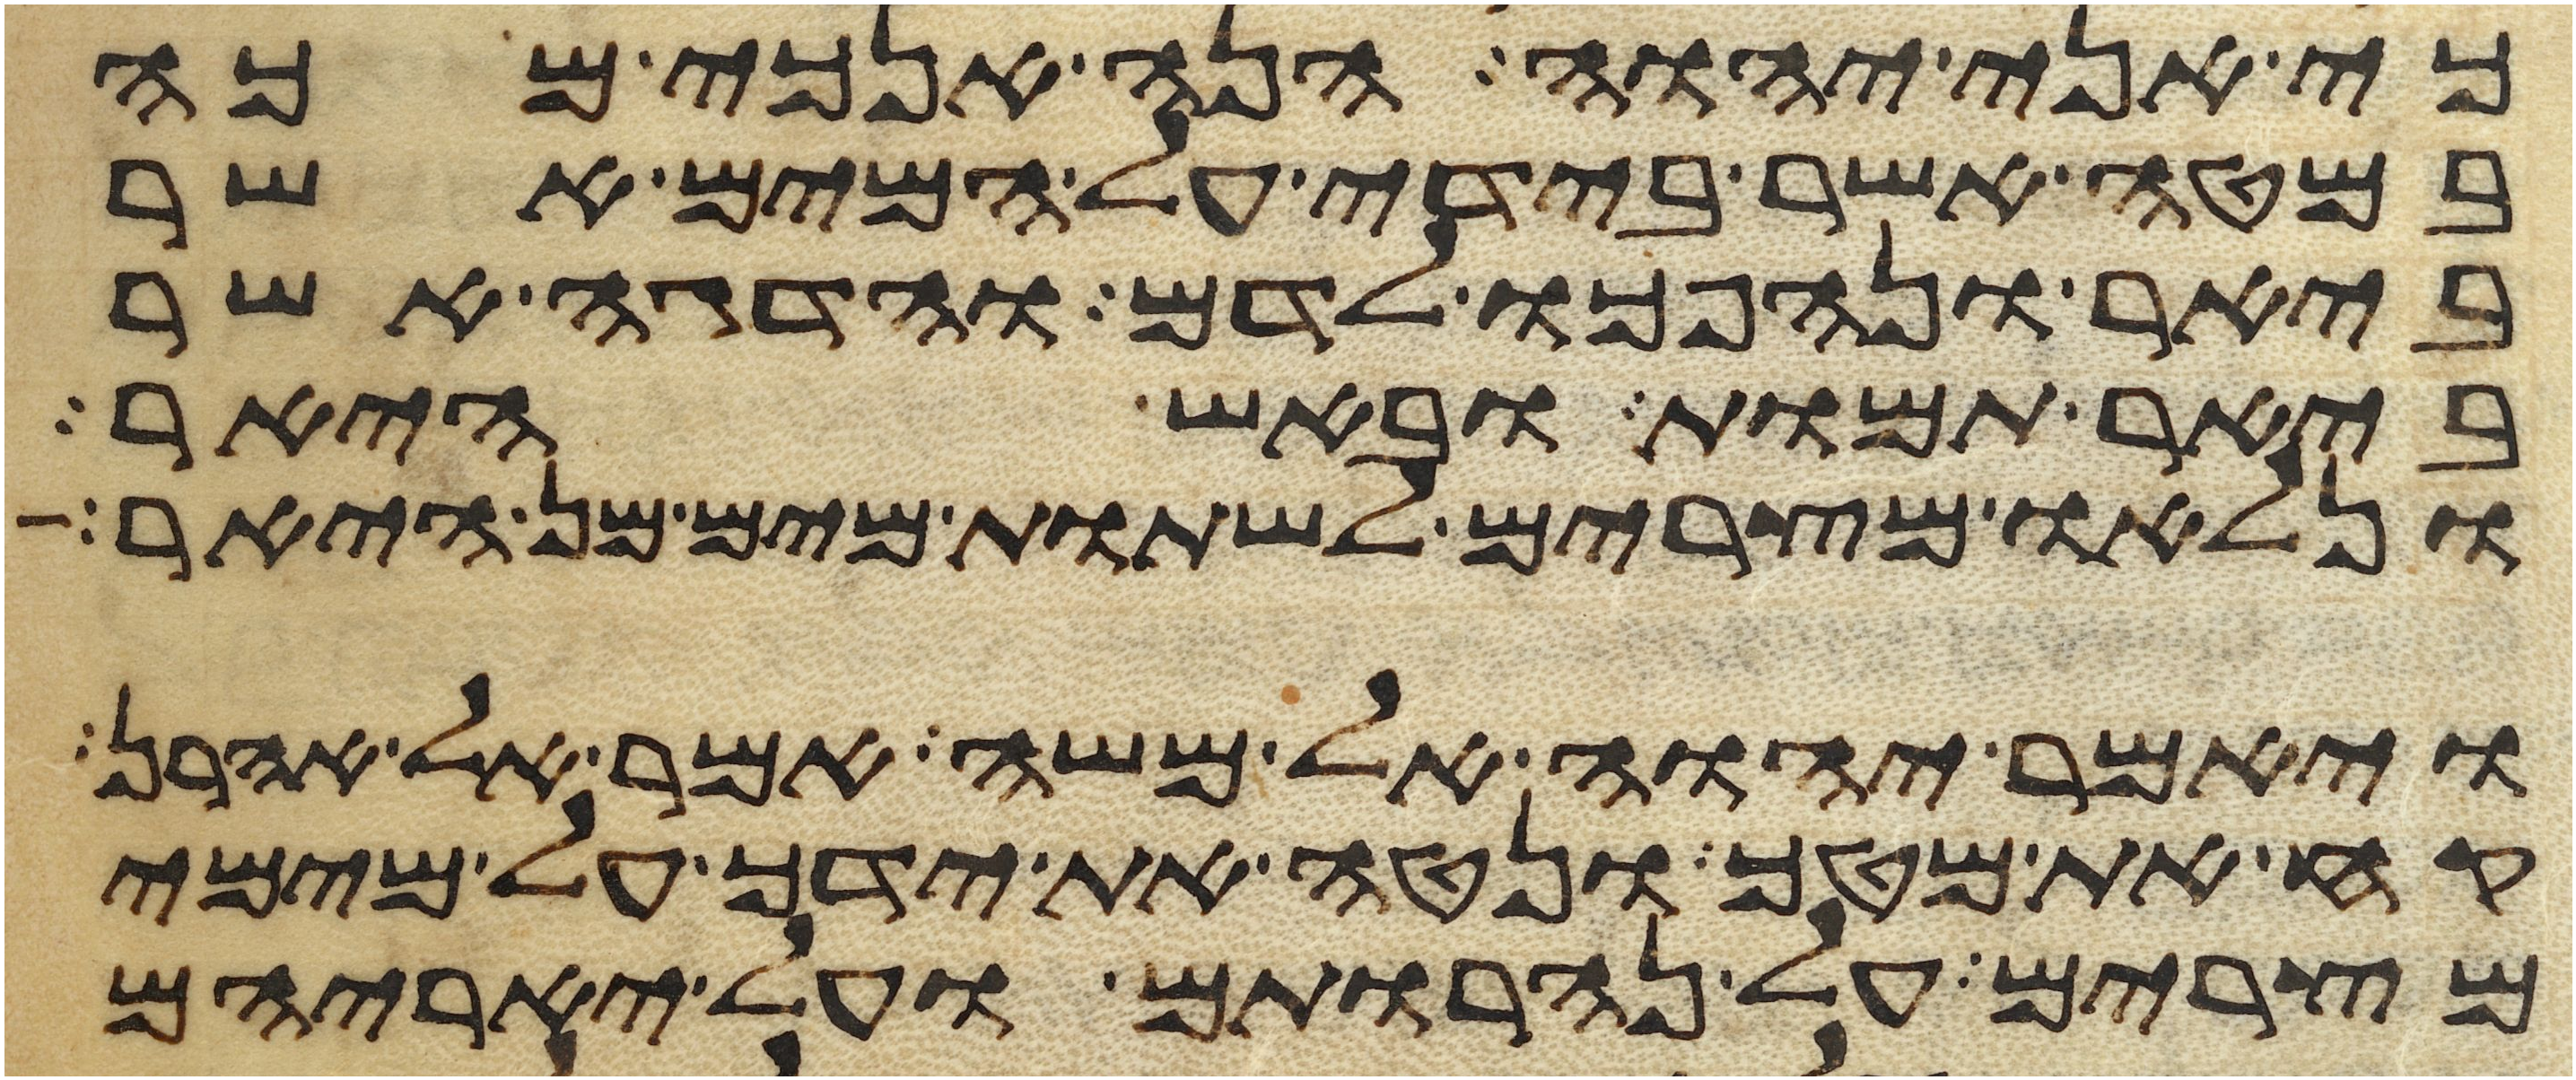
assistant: כי אני יהוה הנה אנכי מכה
במטה אשר בידי על המים אשר
ביאר ונהפכו לדם והדגה אשר
ביאר תמות ובאש היאר
ונלאו מצרים לשתות מים מן היאר
ויאמר יהוה אל משה אמר אל אהרן
קח את מטך ונטה את ידך על מימי
מצרים על נהרותם ועל יאריהם